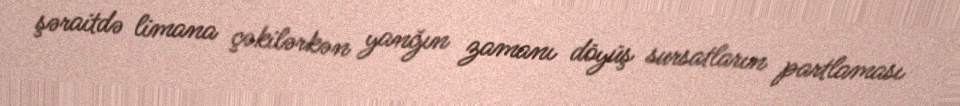
şəraitdə limana çəkilərkən yanğın zamanı döyüş sursatların partlaması